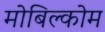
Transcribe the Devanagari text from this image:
मोबिल्कोम